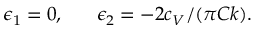
\epsilon _ { 1 } = 0 , \; \; \; \; \; \; \epsilon _ { 2 } = - 2 c _ { V } / ( \pi C k ) .